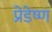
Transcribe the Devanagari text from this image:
प्रेडेष्ण